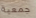
جمعية